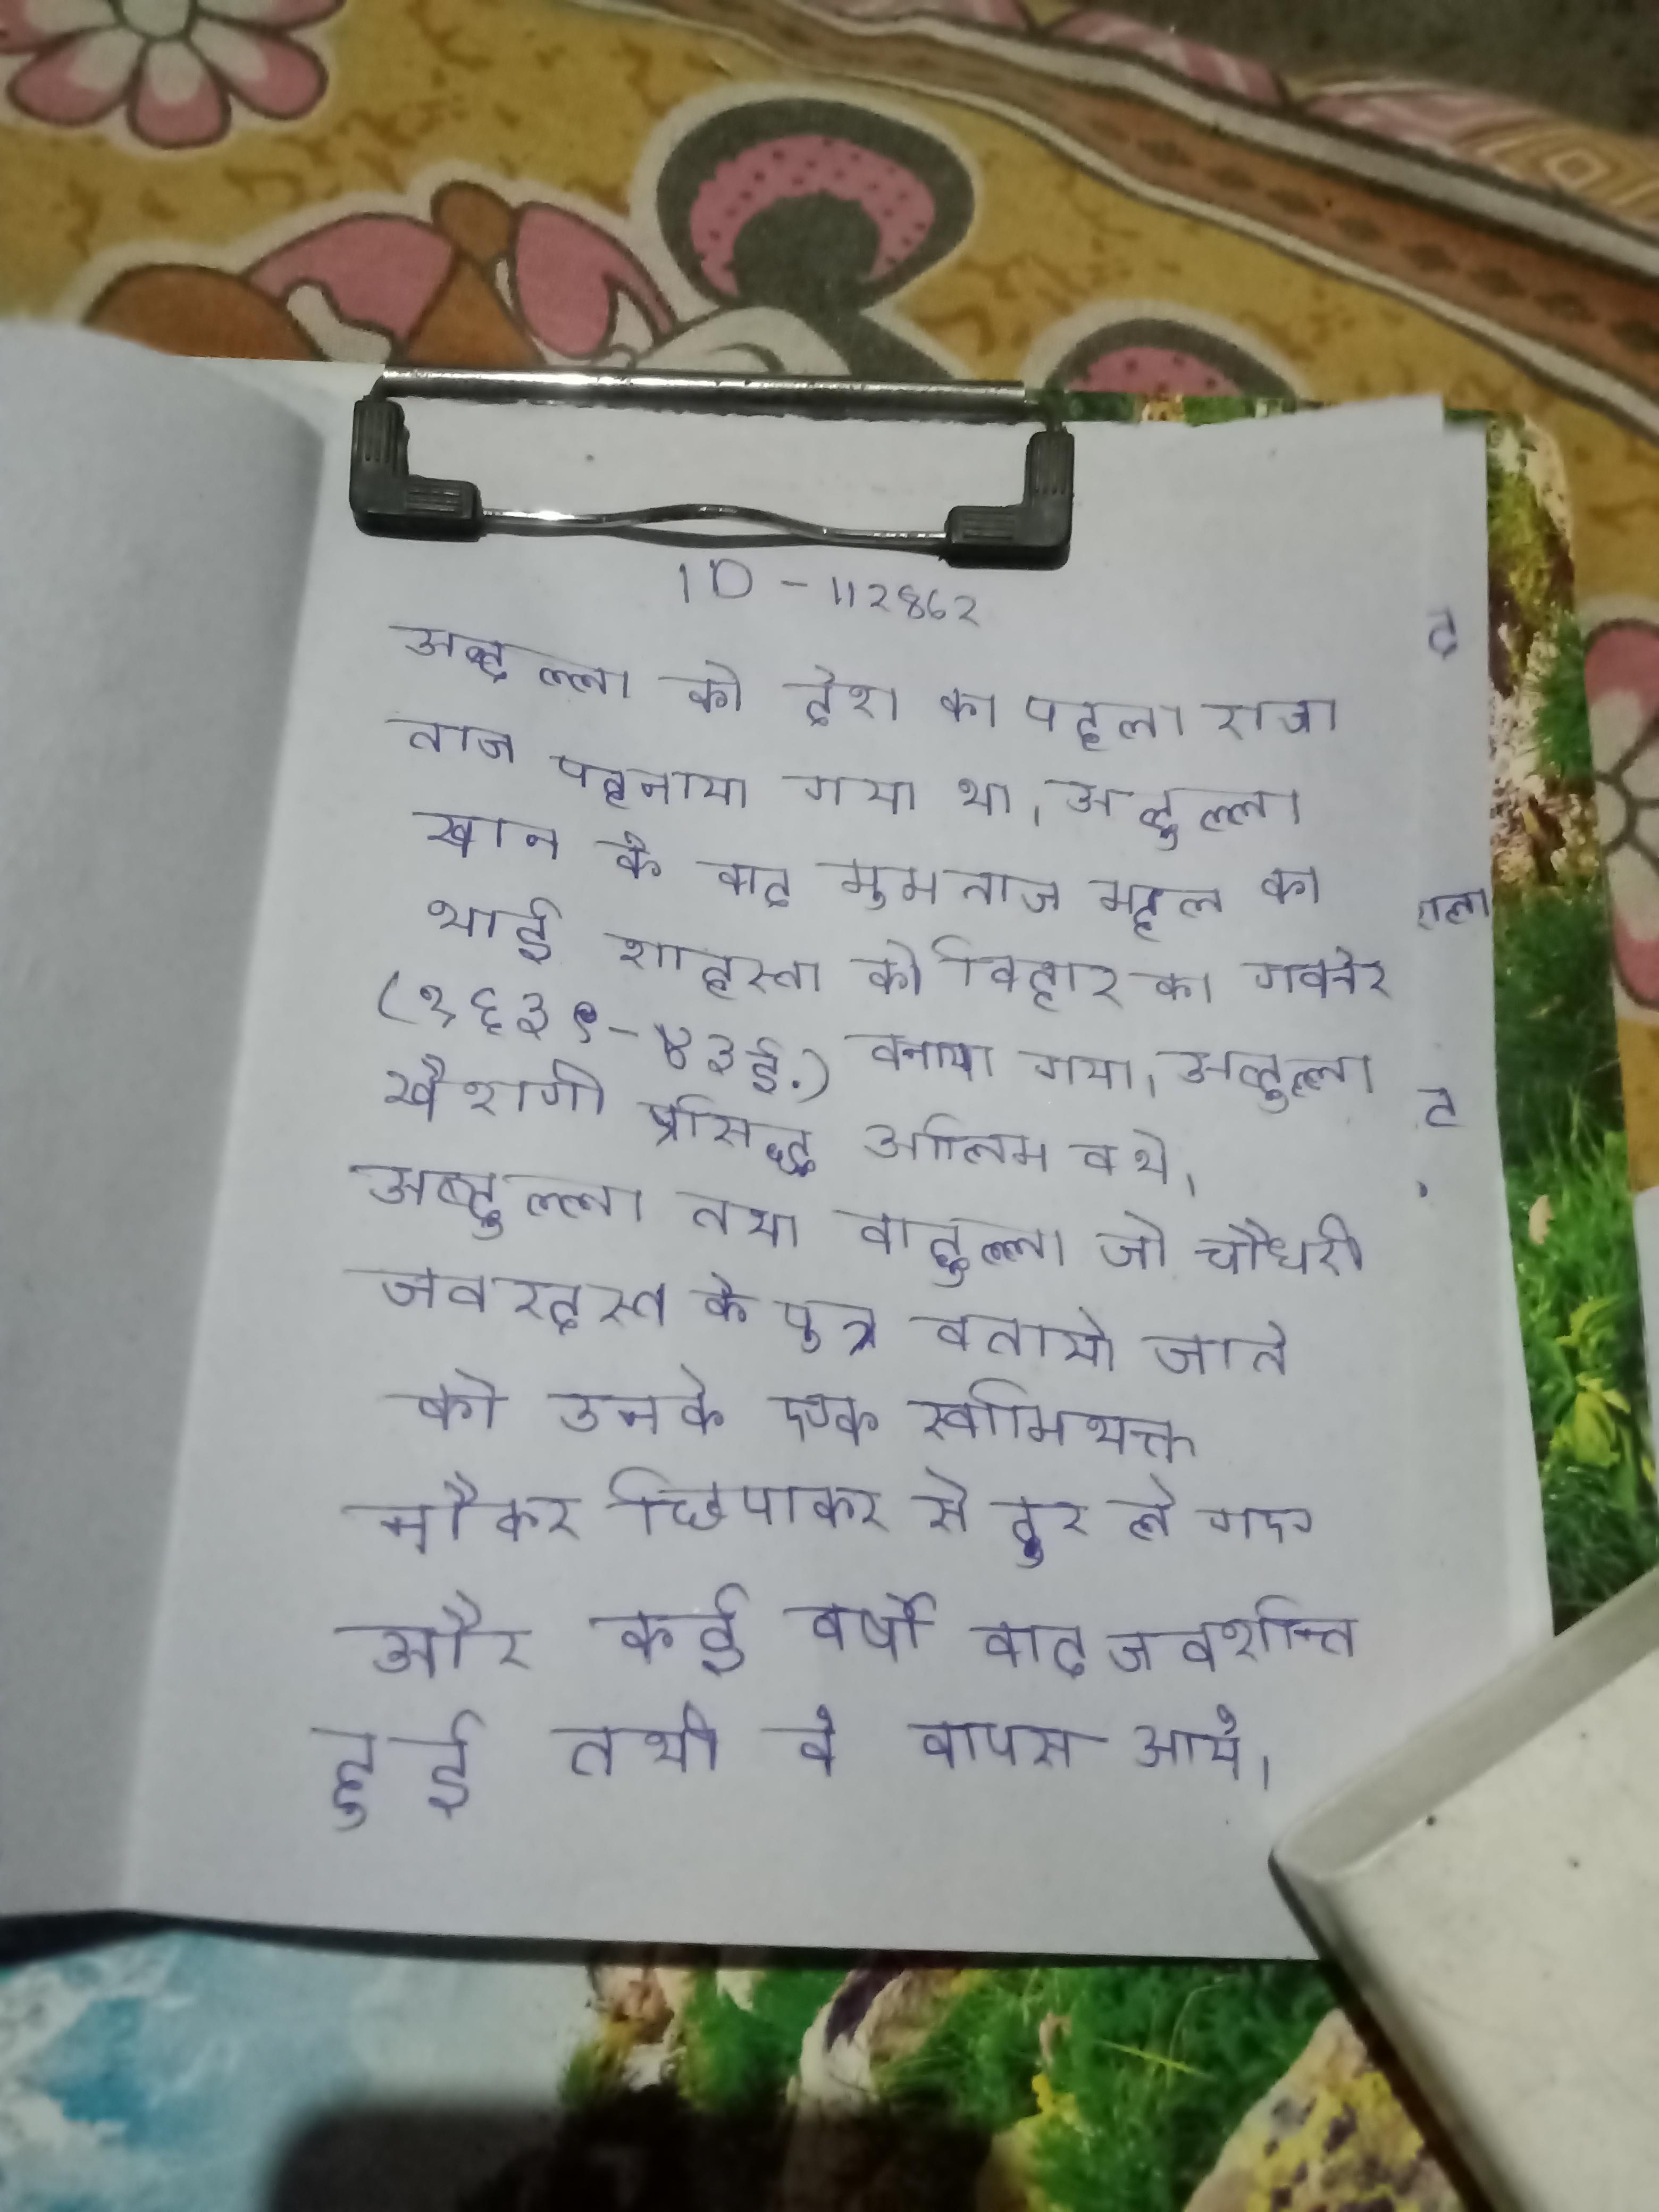
अब्दुल्ला को देश का पहला राजा ताज पहनाया गया था । अब्दुल्ला खान के बाद मुमताज महल का भाई शाहस्ता को बिहार का गवर्नर (१६३९-४३ ई.) बनाया गया । अब्दुल्ला खैशगी प्रसिद्ध आलिम व थे । अब्दुल्ला तथा वादुल्ला जो चौधरी जबरदस्त के पुत्र बताये जाते को उनके एक स्वामिभक्त नौकर छिपाकर से दूर ले गए और कई वर्षो बाद जब शान्ति हुई तभी वे वापस आये ।